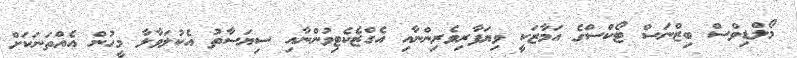
މޯލްޑިވްސް ބިޒްނަސް ޓޯކްސްގެ އަމާޒަކީ ވިޔަފާރިވެރިންނާއި އެގްޒެކެޓިވުންނާއި ސިޔަސާތު އެކުލަވާލާ މީހުން އެއްތަނަކަށް